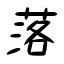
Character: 落